Vaccination in Bombay 1874-1876 - 1874-1876
Year: 1874
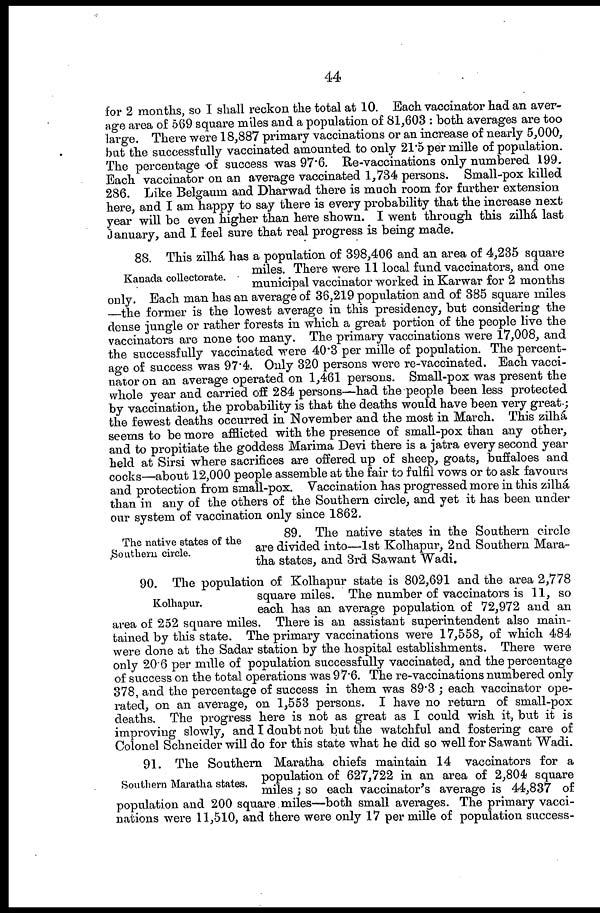
44
for 2 months, so I shall reckon the total at 10. Each vaccinator had an aver-
age area of 569 square miles and a population of 81,603 : both averages are too
large. There were 18,887 primary vaccinations or an increase of nearly 5,000,
but the successfully vaccinated amounted to only 21.5 per mille of population.
The percentage of success was 97.6. Re-vaccinations only numbered 199.
Each vaccinator on an average vaccinated 1,734 persons. Small-pox killed
286. Like Belgaum and Dharwad there is much room for further extension
here, and I am happy to say there is every probability that the increase next
year will be even higher than here shown. I went through this zilhá last
January, and I feel sure that real progress is being made.
Kanada collectorate.
88. This zilhá, has a population of 398,406 and an area of 4,235 square
miles. There were 11 local fund vaccinators, and one
municipal vaccinator worked in Karwar for 2 months
only. Each man has an average of 36,219 population and of 385 square miles
—the former is the lowest average in this presidency, but considering the
dense jungle or rather forests in which a great portion of the people live the
vaccinators are none too many. The primary vaccinations were 17,008, and
the successfully vaccinated were 40.3 per mille of population. The percent-
age of success was 97.4. Only 320 persons were re-vaccinated. Each vacci-
nator on an average operated on 1,461 persons. Small-pox was present the
whole year and carried off 284 persons—had the people been less protected
by vaccination, the probability is that the deaths would have been very great;
the fewest deaths occurred in November and the most in March. This zilhá
seems to be more afflicted with the presence of small-pox than any other,
and to propitiate the goddess Marima Devi there is a jatra every second year
held at Sirsi where sacrifices are offered up of sheep, goats, buffaloes and
cocks—about 12,000 people assemble at the fair to fulfil vows or to ask favours
and protection from small-pox. Vaccination has progressed more in this zilhá
than in any of the others of the Southern circle, and yet it has been under
our system of vaccination only since 1862.
The native states of the
Southern circle.
89. The native states in the Southern circle
are divided into—1st Kolhapur, 2nd Southern Mara¬
tha states, and 3rd Sawant Wadi.
Kolhapur.
90. The population of Kolhapur state is 802,691 and the area 2,778
square miles. The number of vaccinators is 11, so
each has an average population of 72,972 and an
area of 252 square miles. There is an assistant superintendent also main-
tained by this state. The primary vaccinations were 17,558, of which 484
were done at the Sadar station by the hospital establishments. There were
only 20.6 per mille of population successfully vaccinated, and the percentage
of success on the total operations was 97.6. The re-vaccinations numbered only
378, and the percentage of success in them was 89.3 ; each vaccinator ope-
rated, on an average, on 1,553 persons. I have no return of small-pox
deaths. The progress here is not as great as I could wish it, but it is
improving slowly, and I doubt not but the watchful and fostering care of
Colonel Schneider will do for this state what he did so well for Sawant Wadi.
Southern Maratha states.
91. The Southern Maratha chiefs maintain 14 vaccinators for a
population of 627,722 in an area of 2,804 square
miles ; so each vaccinator's average is 44,837 of
population and 200 square miles—both small averages. The primary vacci-
nations were 11,510, and there were only 17 per mille of population success-